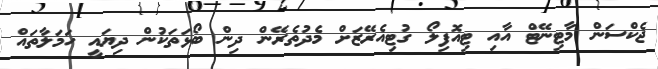
ޖެކްސަން މާޓިނޭޓް އާއި ޓިއޮފިލޯ ގުޓިއެރޭޒަށް މެދުތެރޭން ދިން ބޯޅަތަކުން ދިޔައީ ހަމަލާތައް